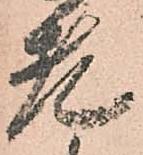
老